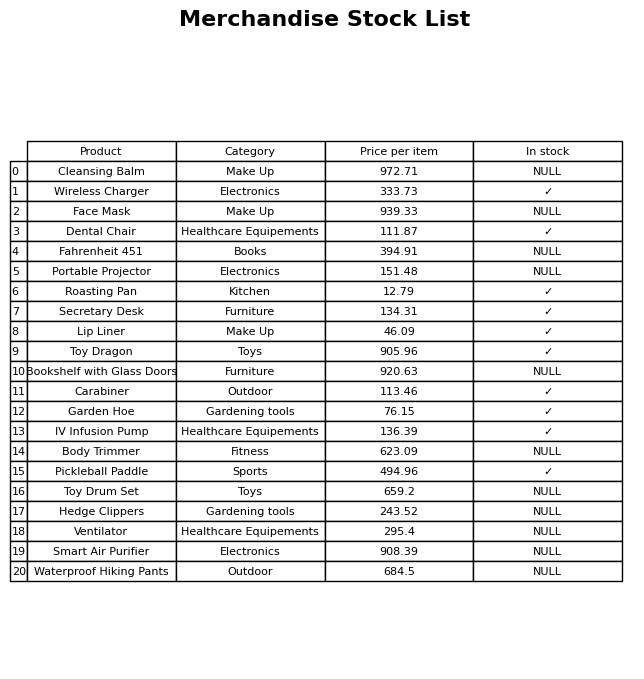
question: Is the Smart Air Purifier in stock?
answer: NULL